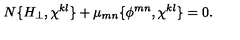
N \{ H _ { \perp } , \chi ^ { k l } \} + \mu _ { m n } \{ \phi ^ { m n } , \chi ^ { k l } \} = 0 .